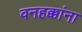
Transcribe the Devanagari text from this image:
वनहक्कांना